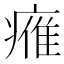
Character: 𤸰